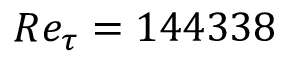
R e _ { \tau } = 1 4 4 3 3 8